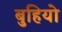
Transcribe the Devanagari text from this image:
बुहियो